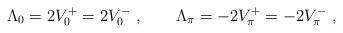
\begin{align*}\Lambda_{0}=2V_{0}^{+}=2V_{0}^{-}\ ,\qquad \Lambda_{\pi}=-2V_{\pi}^{+}=-2V_{\pi}^{-}\ ,\end{align*}